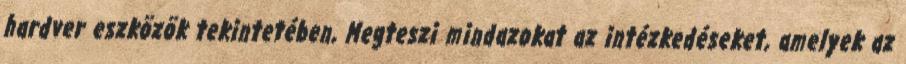
hardver eszközök tekintetében, Megteszi mindazokat az intézkedéseket, amelyek az